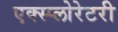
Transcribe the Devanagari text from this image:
एक्स्प्लोरेटरी